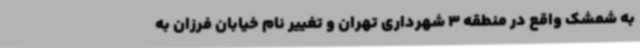
به شمشک واقع در منطقه 3 شهرداری تهران و تغییر نام خیابان فرزان به